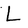
Character: L